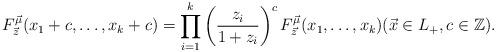
LaTeX: \begin{align*}F_{\vec{z}}^{\vec{\mu}}(x_{1}+c, \ldots , x_{k}+c)=\prod_{i=1}^{k}\left(\frac{z_{i}}{1+z_{i}}\right)^{c} F_{\vec{z}}^{\vec{\mu}}(x_{1}, \ldots , x_{k}) (\vec{x} \in L_{+}, c \in \mathbb{Z}). \end{align*}